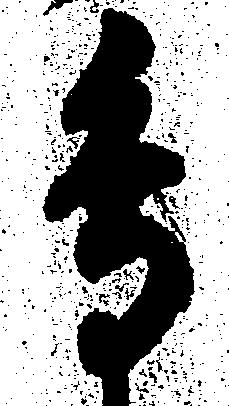
鳥